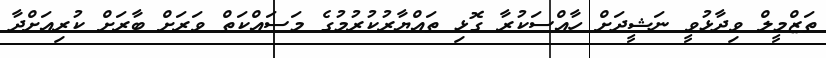
ތަޒްމީލް ވިދާޅުވީ ނަޝީދަށް ހާއްސަކުރާ ގޮޅި ތައްޔާރުކުރުމުގެ މަސައްކަތް ވަރަށް ބާރަށް ކުރިއަށްދާ